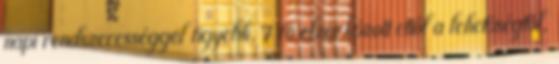
napi rendszerességgel figyelik. 7 fő elzárkózott ettől a lehetőségtől,